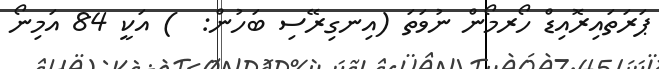
ޕަރަތައިރޮއިޑް ހޯރމޯން ނުވަތަ (އިނގިރޭސި ބަހުން:  ) އަކީ 84 އަމިނޯ